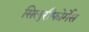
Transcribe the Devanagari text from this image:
सिलुरीफोर्मेस